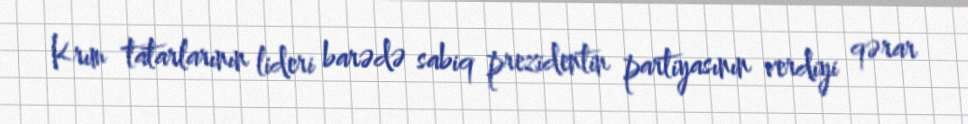
Krım tatarlarının lideri barədə sabiq prezidentin partiyasının verdiyi qərar